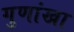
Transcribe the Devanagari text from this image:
गुणांखा